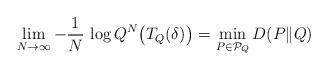
LaTeX: \begin{align*}\lim_{N \rightarrow \infty} -\frac{1}{N} \, \log Q^N\bigl(T_{Q}(\delta)^{}\bigr) = \min_{P \in \mathcal{P}_Q} D(P\|Q)\end{align*}